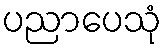
ပညာပေသုံ